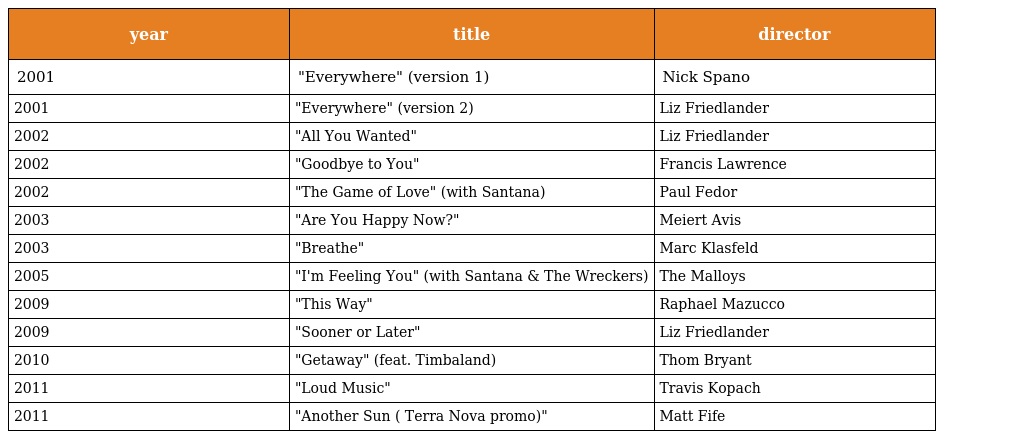
| year | title | director |
 | --- | --- | --- |
 | 2001 | "Everywhere" (version 1) | Nick Spano |
 | 2001 | "Everywhere" (version 2) | Liz Friedlander |
 | 2002 | "All You Wanted" | Liz Friedlander |
 | 2002 | "Goodbye to You" | Francis Lawrence |
 | 2002 | "The Game of Love" (with Santana) | Paul Fedor |
 | 2003 | "Are You Happy Now?" | Meiert Avis |
 | 2003 | "Breathe" | Marc Klasfeld |
 | 2005 | "I'm Feeling You" (with Santana & The Wreckers) | The Malloys |
 | 2009 | "This Way" | Raphael Mazucco |
 | 2009 | "Sooner or Later" | Liz Friedlander |
 | 2010 | "Getaway" (feat. Timbaland) | Thom Bryant |
 | 2011 | "Loud Music" | Travis Kopach |
 | 2011 | "Another Sun ( Terra Nova promo)" | Matt Fife |